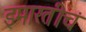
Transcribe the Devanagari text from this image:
इमारतीचं